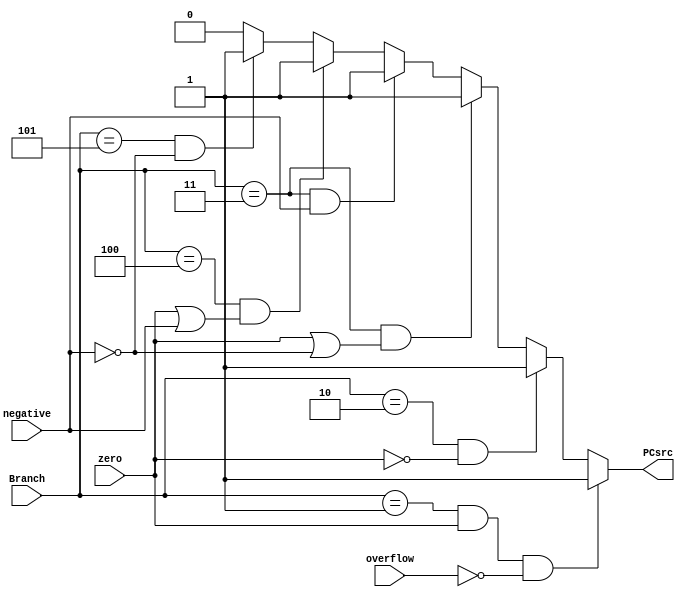
module pcsrc_value (input zero , overflow , negative ,input [2:0] Branch , output reg PCsrc);
    
always @(*) begin
    if (Branch == 3'b001 && zero == 1'b1 && overflow == 1'b0) begin
        PCsrc = 1'b1;
    end else begin
    if (Branch == 3'b010 && zero == 1'b0) begin
        PCsrc = 1'b1;
        end else begin
    if (Branch == 3'b011 && (zero == 1'b1 || negative == 1'b0)) begin
        PCsrc = 1'b1;
    end else begin
    if (Branch == 3'b011 && negative == 1'b1) begin
        PCsrc = 1'b1;
    end else begin
    if (Branch == 3'b100 && (zero == 1'b1 || negative == 1'b1)) begin
        PCsrc = 1'b1;
    end else begin
    if (Branch == 3'b101 && negative == 1'b0) begin
        PCsrc = 1'b1;
    end else begin
        PCsrc = 1'b0;
    end
    end
    end
    end     
        end
    end
end

endmodule